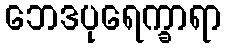
ဘေဒပုရေက္ခာရာ